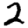
Digit: 2